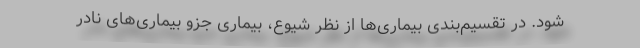
شود. در تقسیم‌بندی بیماری‌ها از نظر شیوع‌، بیماری جزو بیماری‌های نادر